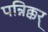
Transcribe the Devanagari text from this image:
पन्निक्कर्